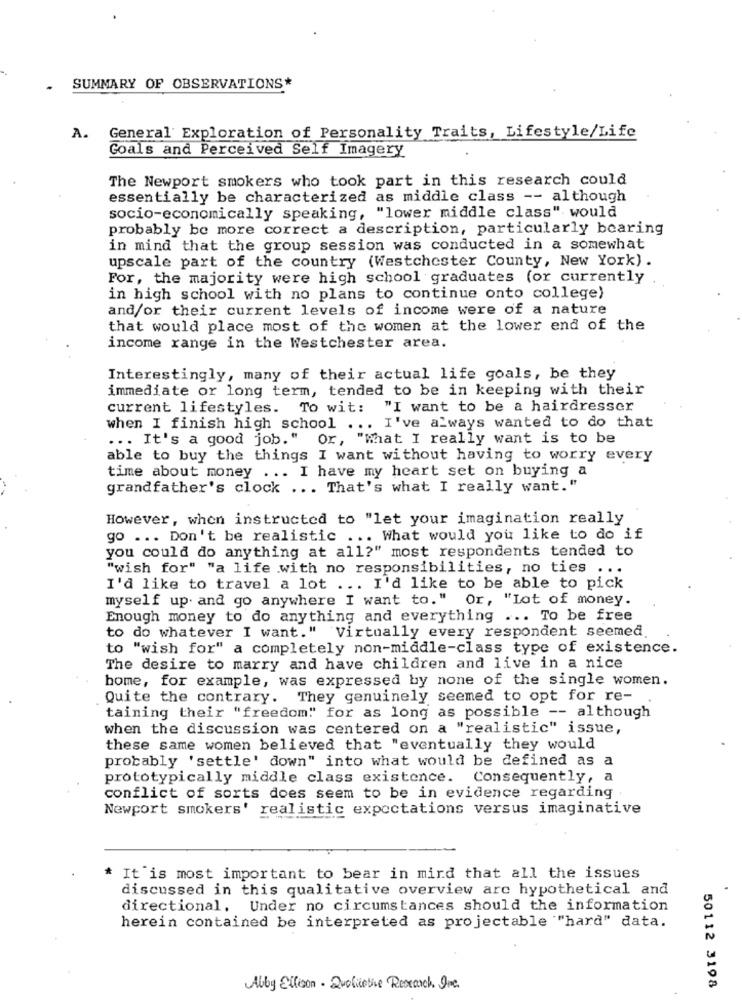
SUMMARY OF OBSERVATIONS*
A. General' Exploration of Personality Traits, Lifestyle/Life
Goals and Perceived Self Imagery
The Newport smokers who took part in this research could
essentially be characterized as middle class -- although
socio-economically speaking, "lower middle class" would
probably be more correct a description, particularly bearing
in mind that the group session was conducted in a somewhat
upscale part of the country (Westchester County, New York) .
For, the majority were high school graduates (or currently
in high school with no plans to continue onto college)
and/or their current levels of income were of a nature
that would place most of the women at the lower end of the
income range in the Westchester area.
Interestingly, many of their actual life goals, be they
immediate or long term, tended to be in keeping with their
current lifestyles. To wit: "I want to be a hairdresser
when I finish high school ... I've always wanted to do that
... It's a good job." Or, "what I really want is to be
able to buy the things I want without having to worry every
time about money ... I have my heart set on buying a
grandfather's clock ... That's what I really want."
However, when instructed to "let your imagination really
go ... Don't be realistic ... What would you like to do if
you could do anything at all?" most respondents tended to
"wish for" "a life with no responsibilities, no ties
...
I'd like to travel a lot ... I'd like to be able to pick
myself up and go anywhere I want to." Or, "Lot of money.
Enough money to do anything and everything ... To be free
to do whatever I want." Virtually every respondent seemed.
to "wish for" a completely non-middle-class type of existence.
The desire to marry and have children and live in a nice
home, for example, was expressed by none of the single women.
Quite the contrary. They genuinely seemed to opt for re-
taining their "freedom"" for as long as possible -- although
when the discussion was centered on a "realistic" issue,
these same women believed that "eventually they would
probably 'settle' down" into what would be defined as a
prototypically middle class existence. Consequently, a
conflict of sorts does seem to be in evidence regarding
Newport smokers' realistic expectations versus imaginative
* It is most important to bear in mind that all the issues
discussed in this qualitative overview arc hypothetical and
directional. Under no circumstances should the information
herein contained be interpreted as projectable "hard" data.
Abby Ellison . Qualitative Research One
50112 3198